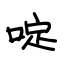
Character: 啶